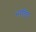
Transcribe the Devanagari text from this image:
भरतिय